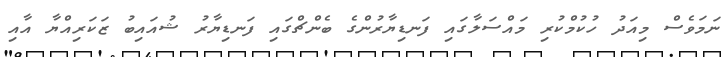
ނަމަވެސް މިއަދު ހުކުމްކުރި މައްސަލާގައި ފަނޑިޔާރުންގެ ބެންޗްގައި ފަނޑިޔާރު ޝުއައިބު ޒަކަރިއްޔާ އާއި